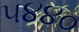
૫૪૪૦